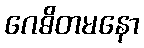
ဂေဓိတမနော